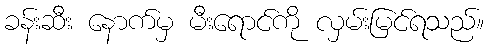
ခန်းဆီး နောက်မှ မီးရောင်ကို လှမ်းမြင်ရသည်။